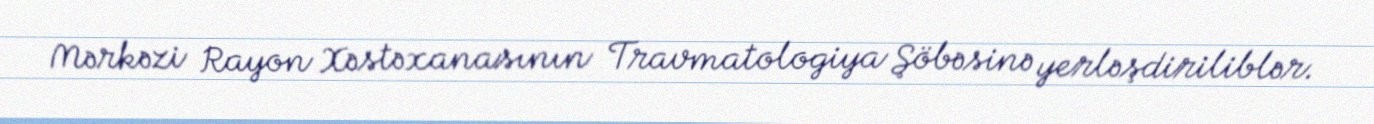
Mərkəzi Rayon Xəstəxanasının Travmatologiya Şöbəsinə yerləşdiriliblər.